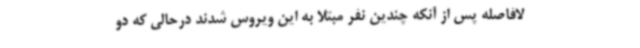
لافاصله پس از آنکه چندین نفر مبتلا به این ویروس شدند درحالی که دو